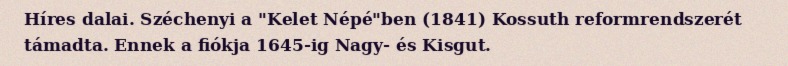
Híres dalai. Széchenyi a "Kelet Népé"ben (1841) Kossuth reformrendszerét támadta. Ennek a fiókja 1645-ig Nagy- és Kisgut.